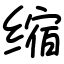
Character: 缩